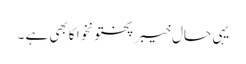
یہی حال خیبرپختونخوا کابھی ہے ۔